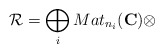
\begin{align*}\mathcal{R}=\bigoplus_{i}Mat_{n_{i}}(\mathbf{C})\otimes\end{align*}